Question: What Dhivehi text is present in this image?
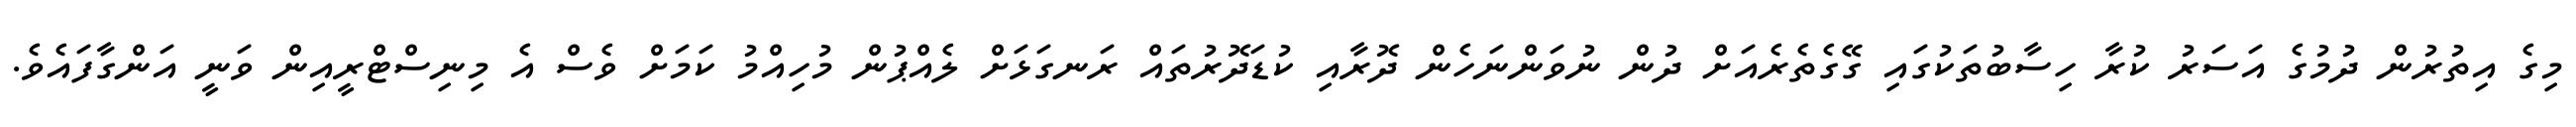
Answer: މިގެ އިތުރުން ދުމުގެ އަސަރު ކުރާ ހިސާބުތަކުގައި ގޭގެތެރެއަށް ދުން ނުވަންނަހެން ދޮރާއި ކުޑަދޮރުތައް ރަނގަޅަށް ލެއްޕުން މުހިއްމު ކަމަށް ވެސް އެ މިނިސްޓްރީއިން ވަނީ އަންގާފައެވެ.